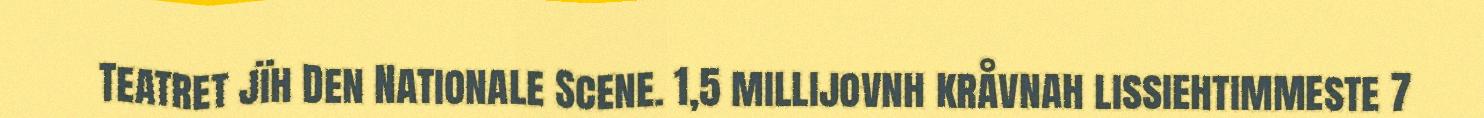
Teatret jïh Den Nationale Scene. 1,5 millijovnh kråvnah lissiehtimmeste 7